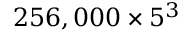
2 5 6 , 0 0 0 \times 5 ^ { 3 }